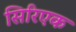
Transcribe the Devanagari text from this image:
सिरिएक